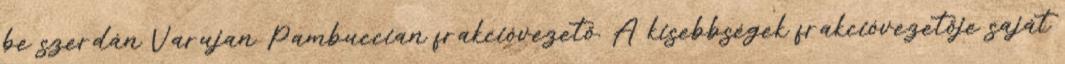
be szerdán Varujan Pambuccian frakcióvezető. A kisebbségek frakcióvezetője saját